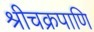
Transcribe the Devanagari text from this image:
श्रीचक्रपाणि